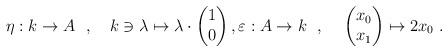
LaTeX: \begin{align*}\eta : k \to A ~~,~~~ k\ni \lambda \mapsto \lambda\cdot \begin{pmatrix}1\\0\end{pmatrix} , \varepsilon : A \to k ~~,~~~ \begin{pmatrix}x_0\\x_1\end{pmatrix} \mapsto 2x_0 \ .\end{align*}